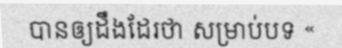
បានឲ្យដឹងដែរថា សម្រាប់បទ «